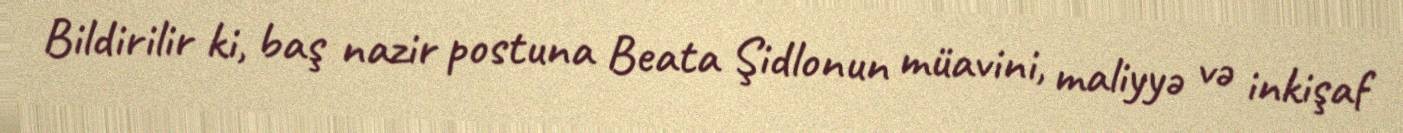
Bildirilir ki, baş nazir postuna Beata Şidlonun müavini, maliyyə və inkişaf